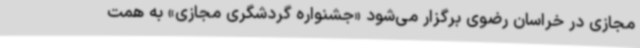
مجازی در خراسان رضوی برگزار می‌شود «جشنواره گردشگری مجازی» به همت